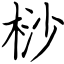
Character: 桫